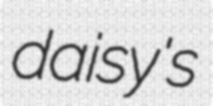
daisy's